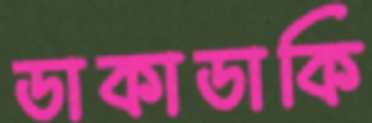
ডাকাডাকি